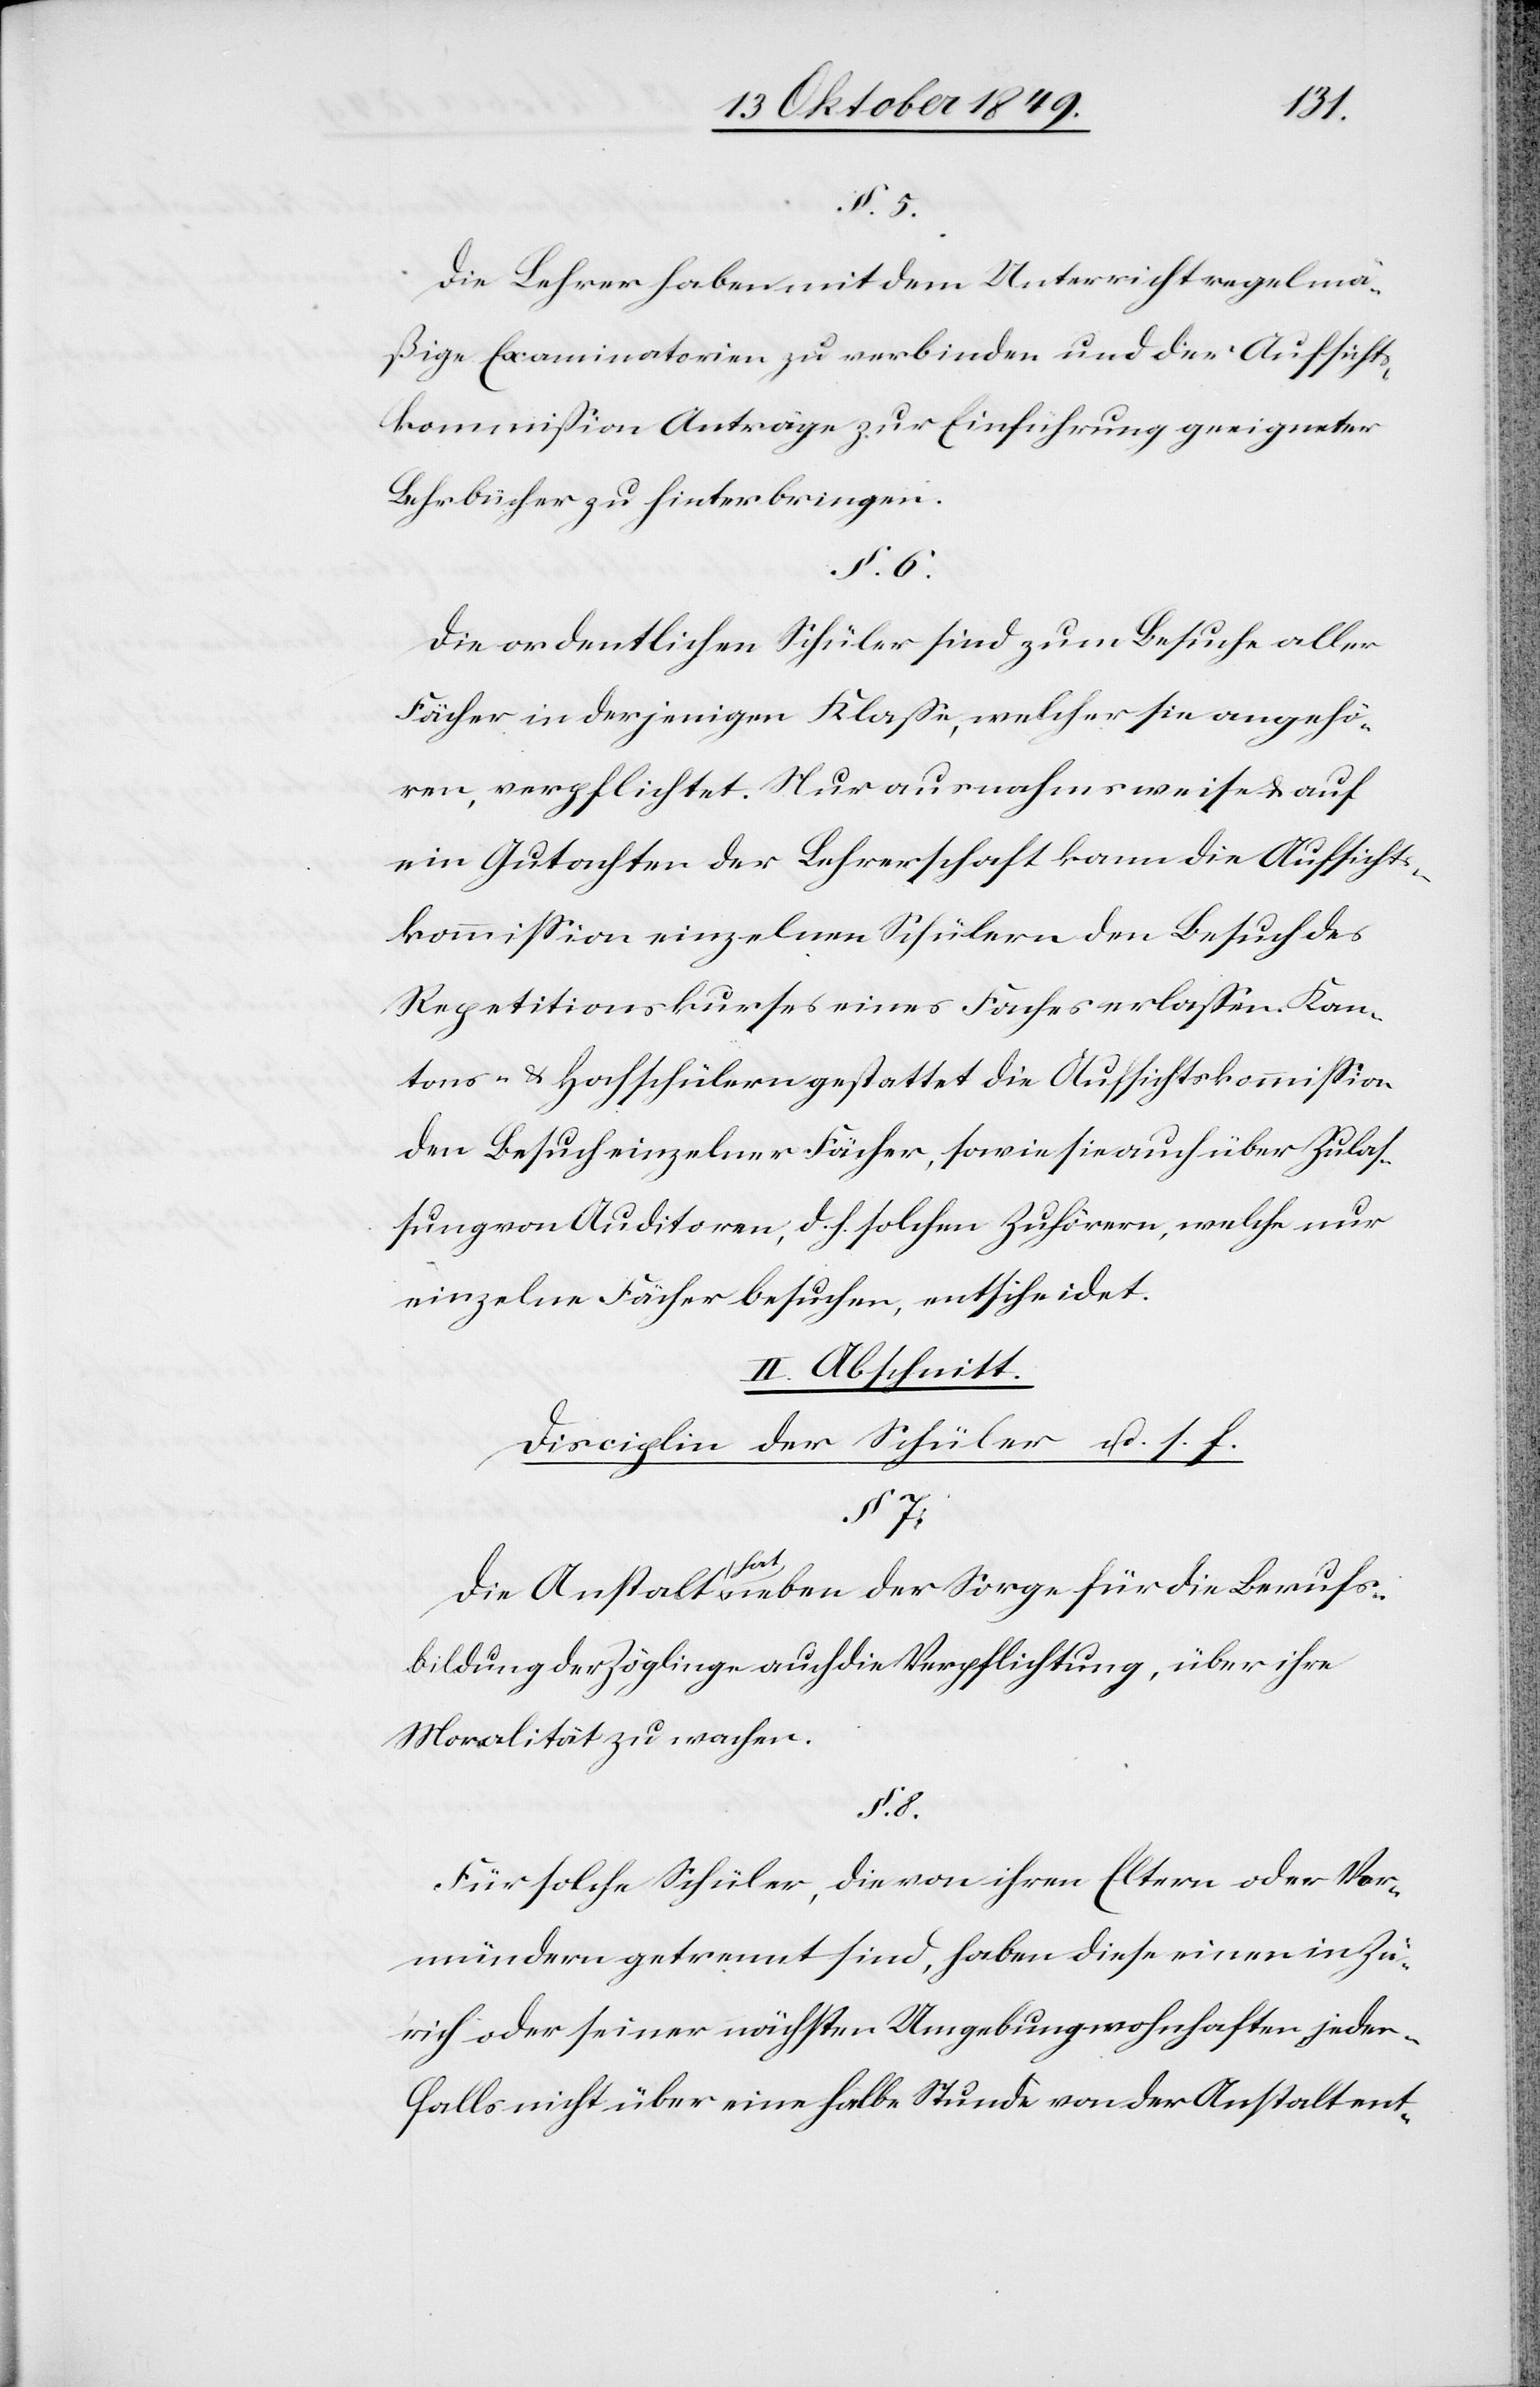
Die Lehrer haben mit dem Unterricht regelmä¬
ßige Examinationen zu verbinden und der Aufsichts¬
kommißion Anträge zur Einführung geeigneter
Lehrbücher zu hinterbringen.
§. 6.
Die ordentlichen Schüler sind zum Behufe aller
Fächer in derjenigen Klaße, welcher sie angehö¬
ren, verpflichtet. Nur ausnahmsweise u. auf
ein Gutachten der Lehrerschaft kann die Aufsichts¬
kommißion einzelnen Schülern den Besuch des
Repetitionskurses eines Faches erlaßen. Kan¬
tons- u. Hochschülern gestattet die Aufsichtskommißion
den Besuch einzelner Fächer, sowie sie auch über Zula¬
ßung von Auditoren, d. h. solchen Zuhörern, welche nur
einzelne Fächer besuchen, entscheidet.
II. Abschnitt.
Disciplin der Schüler u. s. f.
§. 7.
Die Anstalt hat neben der Sorge für die Berufs¬
bildung der Zöglinge auch die Verpflichtung, über ihre
Moralität zu wachen.
§. 8.
Für solche Schüler, die von ihren Eltern oder Vor¬
mündern getrennt sind, haben diese einen in Zü¬
rich oder seiner nächsten Umgebung wohnhaften jeden¬
falls nicht über eine halbe Stunde von der Anstalt ent-